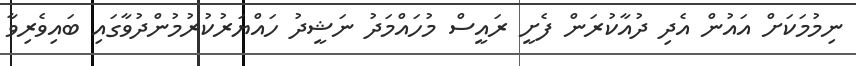
ނިމުމަކަށް އައުން އެދި ދުއާކުރަން ފެށީ ރައީސް މުހައްމަދު ނަޝީދު ހައްޔަރުކުރުމުންދުވާގައި ބައިވެރިވާ